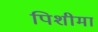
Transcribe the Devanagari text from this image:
पिशीमा